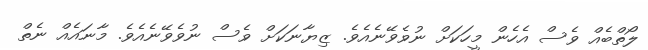
ލޯތްބެއް ވެސް އެހެން މީހަކަށް ނުވެވޭނެއެވެ. ޒިޔާނަކަށް ވެސް ނުވެވޭނެއެވެ. މާނައެއް ނެތް